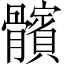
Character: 髕